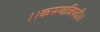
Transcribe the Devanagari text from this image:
।।करुणात्रिपदी।।